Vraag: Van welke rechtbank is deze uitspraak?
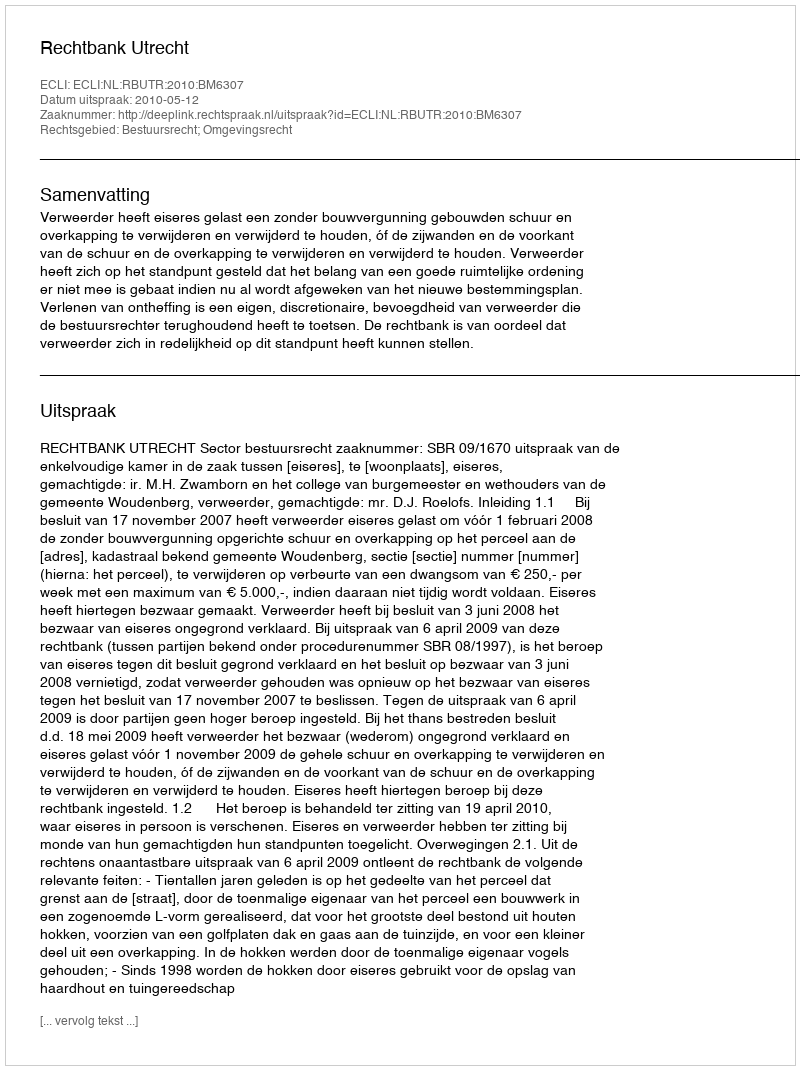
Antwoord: Rechtbank Utrecht